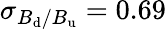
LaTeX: \sigma_{B_{\mathrm{d}}/B_{\mathrm{u}}}=0.69